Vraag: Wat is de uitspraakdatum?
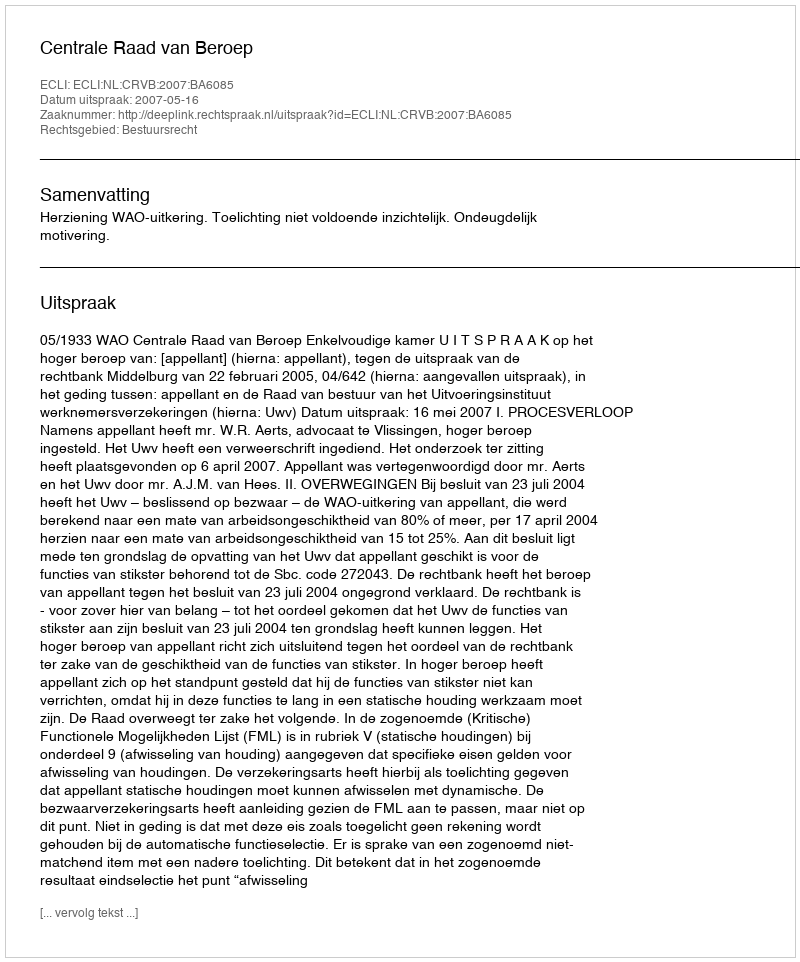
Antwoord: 2007-05-16